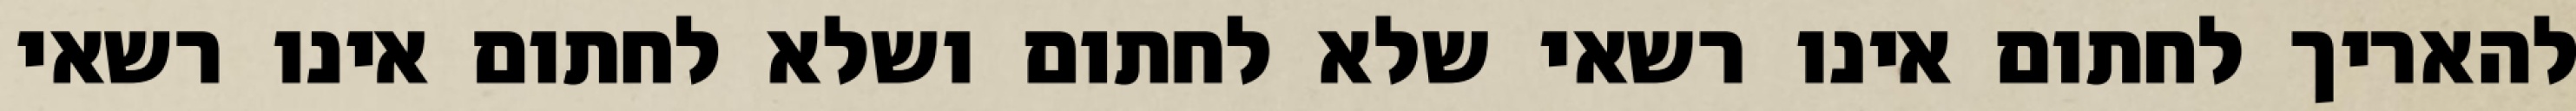
להאריך לחתום אינו רשאי שלא לחתום ושלא לחתום אינו רשאי